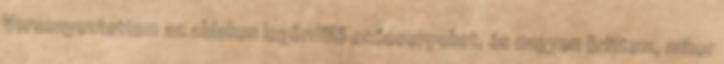
Versenyeztettem az ablakon legördülő esőcseppeket, és nagyon örültem, mikor